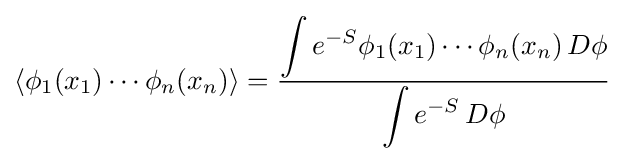
\left\langle \phi _{1}(x_{1})\cdots \phi _{n}(x_{n})\right\rangle ={\frac {\displaystyle \int e^{-S}\phi _{1}(x_{1})\cdots \phi _{n}(x_{n})\,D\phi }{\displaystyle \int e^{-S}\,D\phi }}